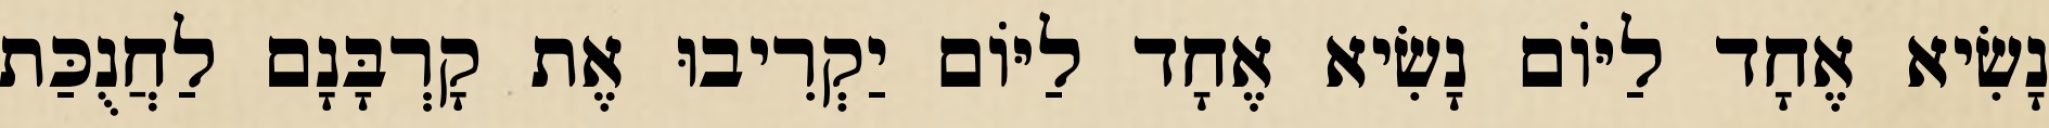
נָשִׂיא אֶחָד לַיּוֹם נָשִׂיא אֶחָד לַיּוֹם יַקְרִיבוּ אֶת קָרְבָּנָם לַחֲנֻכַּת